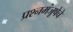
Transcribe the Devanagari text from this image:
प्रश्नमंजूषेचे